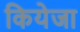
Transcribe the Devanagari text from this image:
कियेजा